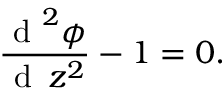
\frac { \mathrm { ~ d ~ } ^ { 2 } \phi } { \mathrm { ~ d ~ } \, z ^ { 2 } } - 1 = 0 .